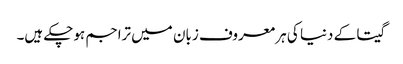
گیتا کے دنیا کی ہر معروف زبان میں تراجم ہوچکے ہیں۔